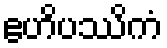
ဧဟိပဿိကံ